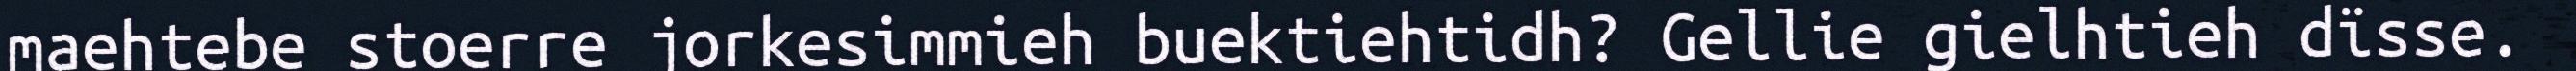
maehtebe stoerre jorkesimmieh buektiehtidh? Gellie gielhtieh dïsse.